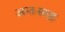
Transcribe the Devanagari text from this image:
अन्तःसमूह